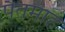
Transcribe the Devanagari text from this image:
पैतमाह